Insane asylums in Bengal annual reports 1867-1875 - 1867-1875
Year: 1867
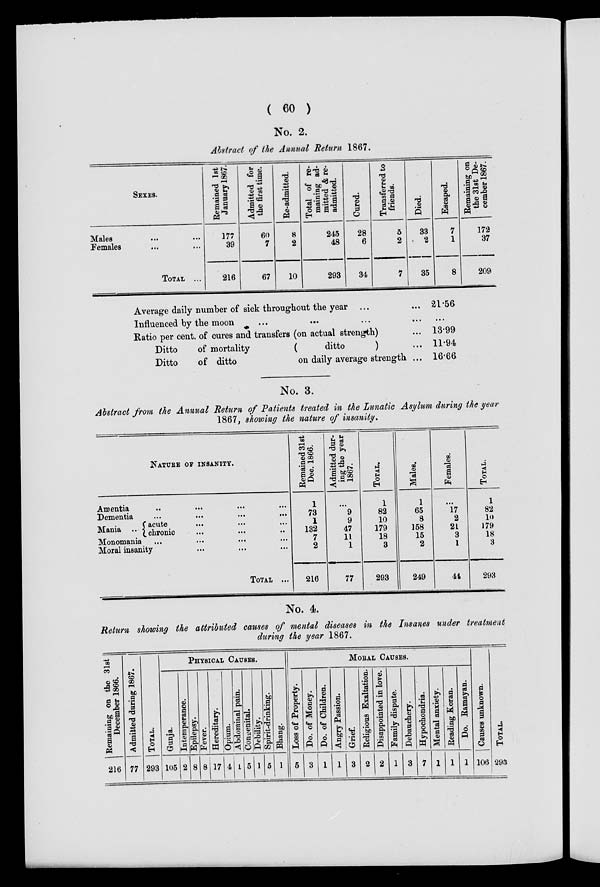
( 60 )
No. 2.
Abstract of the Annual Return 1867.
SEXES.
Males ... ...
Females ... ...
TOTAL ...
Remained 1st
January 1867.
177
39
216
Admitted for
the first time.
60
7
67
Re-admitted.
8
2
10
Total of re-
maining ad-
mitted & re-
admitted.
245
48
293
Cured.
28
6
34
Transferred to
friends.
5
2
7
Died.
33
2
35
Escaped.
7
1
8
Remaining on
the 31st De-
cember 1867.
172
37
209
Average daily number of sick throughout the year ... ...
Influenced by the moon ... ... ... ...
Ratio per cent. of cures and transfers (on actual strength) ...
Ditto
of mortality
(
ditto
) ...
Ditto
of ditto
on daily average strength ...
21.56
...
13.99
11.94
16.66.
No. 3.
Abstract from the Annual Return of Patients treated in the Lunatic Asylum during the year
1867, showing the nature of insanity.
NATURE OF INSANITY.
Amentia
...
...
...
...
Dementia
...
...
...
...
Mania ...
acute ... ... ...
chronic ... ... ...
Monomania
...
...
...
...
Moral insanity ... ... ... ...
TOTAL ...
Remained 31st
Dec. 1866.
1
73
1
132
7
2
216
Admitted dur-
ing the year
1867.
...
9
9
47
11
1
77
TOTAL.
1
82
10
179
18
3
293
Males.
1
65
8
158
15
2
249
Females.
...
17
2
21
3
1
41
TOTAL.
1
82
10
179
18
3
293
No. 4.
Return showing the attributed causes of mental diseases in the Insanes under treatment
during the year 1867.
Remaining on the 31st
December 1866.
216
Admitted during 1867.
77
TOTAL.
293
PHYSICAL CAUSES.
Gunja.
105
Intemperance.
2
Epilepsy.
8
Fever.
8
Hereditary.
17
Opium.
4
Abdominal pain.
1
Congenital.
5
Debility.
1
Spirit-drinking.
5
Bhang.
1
MORAL CAUSES.
Loss of Property.
5
Do. of Money.
3
Do. of Children.
1
Angry Passion.
1
Grief.
3
Religious Exaltation.
2
Disappointed in love.
2
Family dispute.
1
Debauchery.
3
Hypochondria.
7
Mental anxiety.
1
Beading Koran.
1
Do. Ramayan.
1
Causes unknown.
106
TOTAL.
293